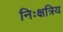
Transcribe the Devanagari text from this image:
निःक्षत्रिय